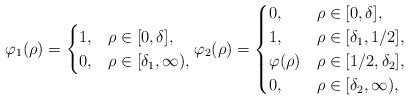
LaTeX: \begin{align*}\varphi_1(\rho)=\begin{cases} 1, & \rho\in[0,\delta], \\ 0, & \rho\in[\delta_1,\infty), \end{cases} \varphi_2(\rho)=\begin{cases} 0, & \rho\in[0,\delta], \\ 1, & \rho\in[\delta_1,1/2],\\ \varphi(\rho) & \rho\in[1/2,\delta_2], \\ 0, & \rho\in[\delta_2,\infty), \end{cases} \end{align*}